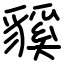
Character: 貕